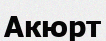
Акюрт